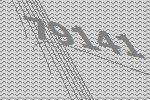
79141